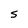
Character: S